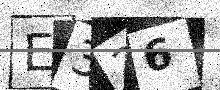
Text: E336